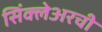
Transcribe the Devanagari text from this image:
सिंक्लेअरची